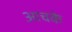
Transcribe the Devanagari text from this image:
आचके